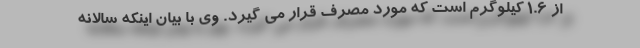
از ۱.۶ کیلوگرم است که مورد مصرف قرار می گیرد. وی با بیان اینکه سالانه